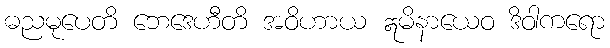
ဓညမုပေတိ ဘေဒေဟီတိ အဝိဟာယ ဣမိနာယေဝ ဒိဝါကရော